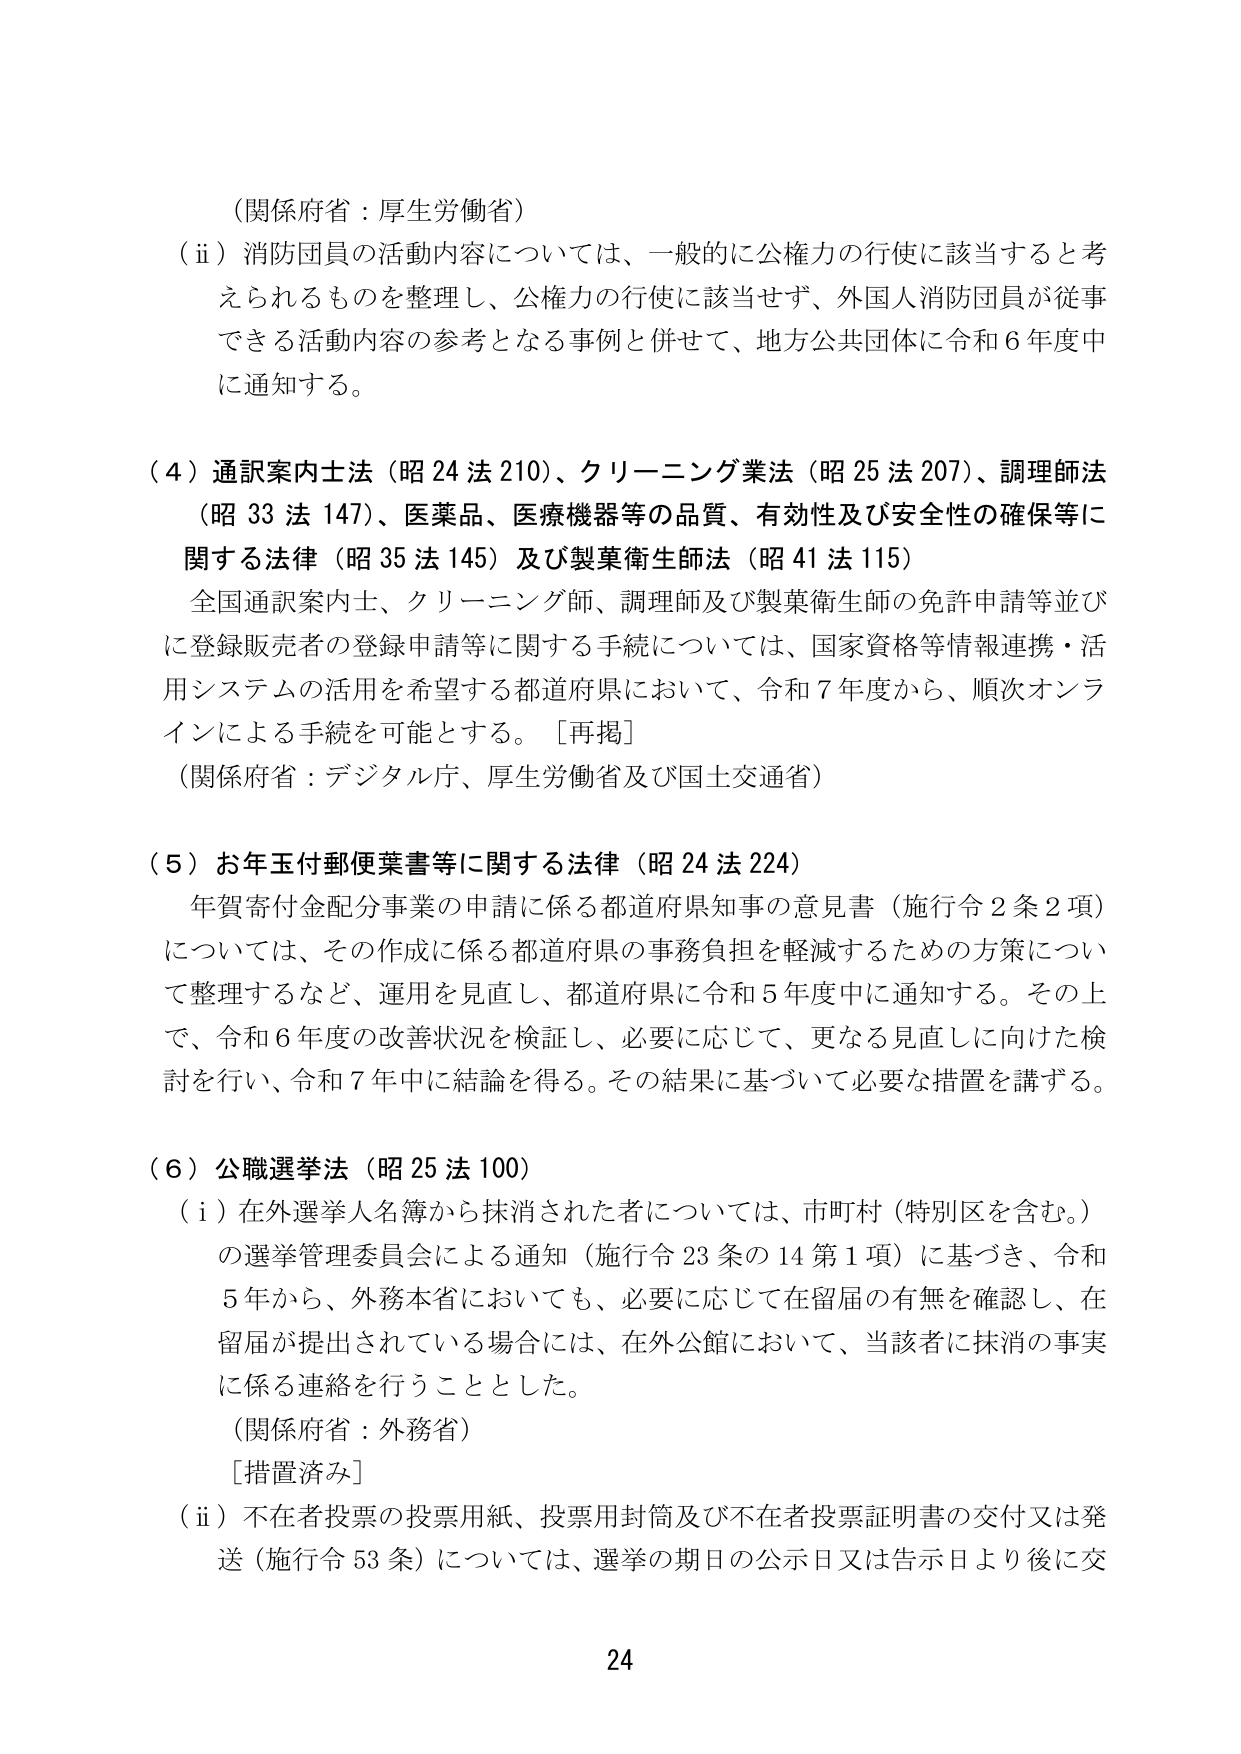
（関係府省：厚生労働省）
（ⅱ）消防団員の活動内容については、一般的に公権力の行使に該当すると考えられるものを整理し、公権力の行使に該当せず、外国人消防団員が従事できる活動内容の参考となる事例と併せて、地方公共団体に令和６年度中に通知する。

（４）通訳案内士法（昭24法210）、クリーニング業法（昭25法207）、調理師法（昭33法147）、医薬品、医療機器等の品質、有効性及び安全性の確保等に関する法律（昭35法145）及び製薬衛生師法（昭41法115）
全国通訳案内士、クリーニング師、調理師及び製薬衛生師の免許申請等並びに登録販売者の登録申請等に関する手続については、国家資格等情報連携・活用システムの活用を希望する都道府県において、令和７年度から、順次オンラインによる手続を可能とする。［再掲］
（関係府省：デジタル庁、厚生労働省及び国土交通省）

（５）お年玉付郵便葉書等に関する法律（昭24法224）
年賀寄付金配分事業の申請に係る都道府県知事の意見書（施行令２条２項）については、その作成に係る都道府県の事務負担を軽減するための方策について整理するなど、運用を見直し、都道府県に令和５年度中に通知する。その上で、令和６年度の改善状況を検証し、必要に応じて、更なる見直しに向けた検討を行い、令和７年中に結論を得る。その結果に基づいて必要な措置を講ずる。

（６）公職選挙法（昭25法100）
（ⅰ）在外選挙人名簿から抹消された者については、市町村（特別区を含む。）の選挙管理委員会による通知（施行令23条の14第1項）に基づき、令和５年から、外務本省においても、必要に応じて在留届の有無を確認し、在留届が提出されている場合には、在外公館において、当該者に抹消の事実に係る連絡を行うこととした。
（関係府省：外務省）
［措置済み］
（ⅱ）不在者投票の投票用紙、投票用封筒及び不在者投票証明書の交付又は発送（施行令53条）については、選挙の期日の公示日又は告示日より後に交

24